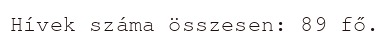
Hívek száma összesen: 89 fő.